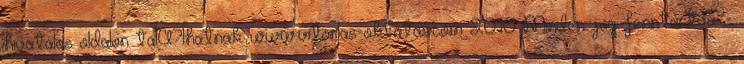
hivatalos oldalon talA?lhatnak: www.vitorlas-oktatas.com 2010 Minden jog fenntartva. -